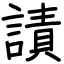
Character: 謮